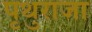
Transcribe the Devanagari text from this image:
पृथुराजा